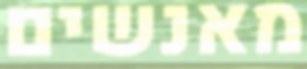
מאנשים